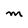
Character: M